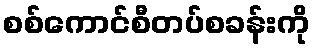
စစ်ကောင်စီတပ်စခန်းကို